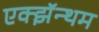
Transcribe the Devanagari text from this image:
एक्झॅन्थम